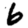
Digit: 6